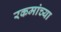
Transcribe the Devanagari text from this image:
रकमांच्या